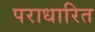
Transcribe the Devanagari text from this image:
पराधारित